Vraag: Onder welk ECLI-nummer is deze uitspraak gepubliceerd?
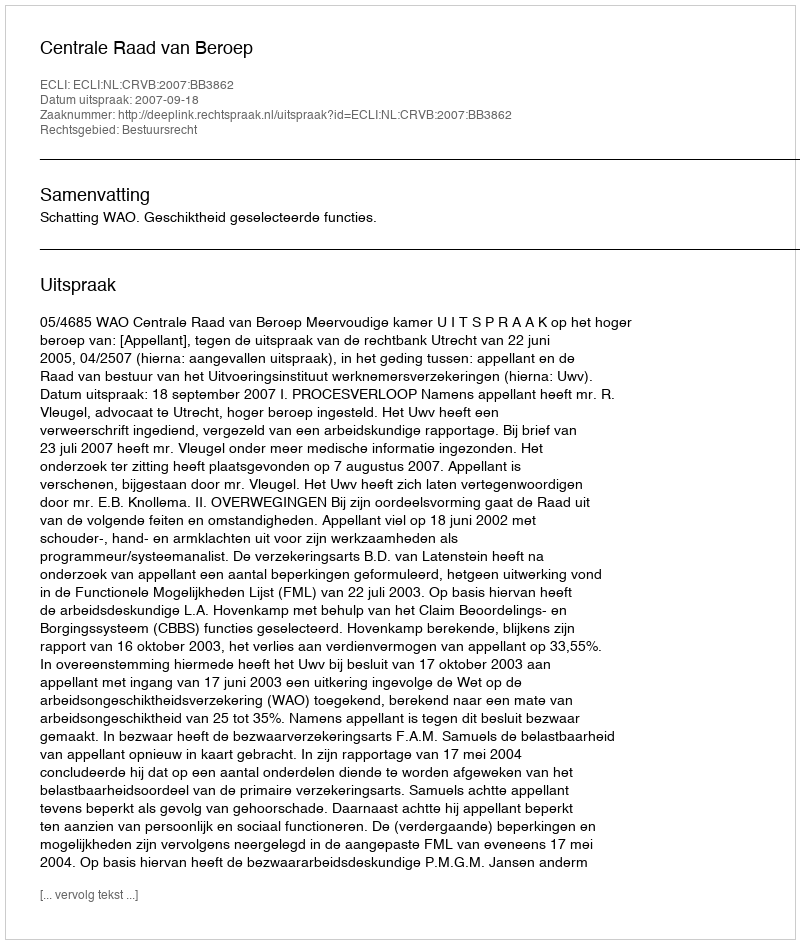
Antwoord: ECLI:NL:CRVB:2007:BB3862